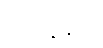
နိတ္ထုနန္တာပိ